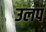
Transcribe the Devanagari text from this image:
उलप